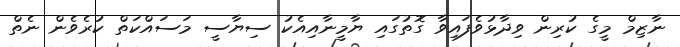
ނާޒިމް މީގެ ކުރިން ވިދާޅުވެފައިވާ ގޮތުގައި ޔާމީނާއިއެކު ސިޔާސީ މަސައްކަތް ކުރެވެން ނެތް